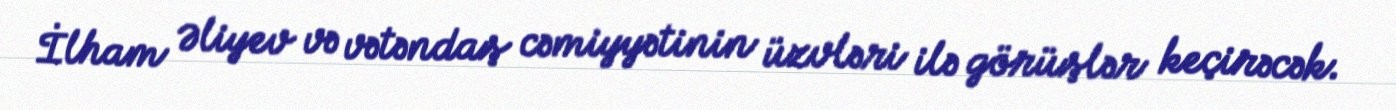
İlham Əliyev və vətəndaş cəmiyyətinin üzvləri ilə görüşlər keçirəcək.